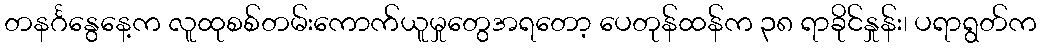
တနင်္ဂနွေနေ့က လူထုစစ်တမ်းကောက်ယူမှုတွေအရတော့ ပေတုန်ထန်က ၃၈ ရာခိုင်နှုန်း၊ ပရာရွတ်က